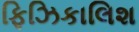
ફિઝિકાલિશ